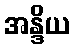
အန္ဒိယ